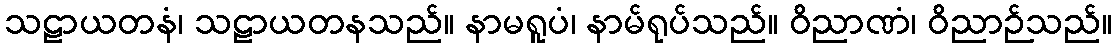
သဠာယတနံ၊ သဠာယတနသည်။ နာမရူပံ၊ နာမ်ရုပ်သည်။ ဝိညာဏံ၊ ဝိညာဉ်သည်။